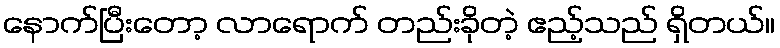
နောက်ပြီးတော့ လာရောက် တည်းခိုတဲ့ ဧည့်သည် ရှိတယ်။